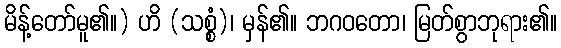
မိန့်တော်မူ၏။) ဟိ (သစ္စံ)၊ မှန်၏။ ဘဂဝတော၊ မြတ်စွာဘုရား၏။